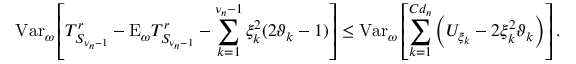
\mathrm { V a r } _ { \omega } \left[ T _ { S _ { \nu _ { n } - 1 } } ^ { r } - \mathrm { E } _ { \omega } T _ { S _ { \nu _ { n } - 1 } } ^ { r } - \sum _ { k = 1 } ^ { \nu _ { n } - 1 } \xi _ { k } ^ { 2 } ( 2 \vartheta _ { k } - 1 ) \right] \leq \mathrm { V a r } _ { \omega } \left[ \sum _ { k = 1 } ^ { C d _ { n } } \left( U _ { \xi _ { k } } - 2 \xi _ { k } ^ { 2 } \vartheta _ { k } \right) \right] .